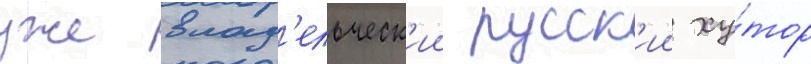
уже влад'ельческ'ии русск'ии ху́тор